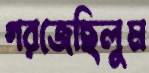
গরজেছিলুম